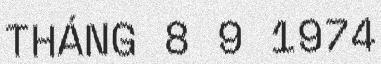
THÁNG 8 9 1974